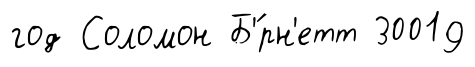
год Соломон Б'́рн'етт 30019